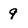
Character: 9